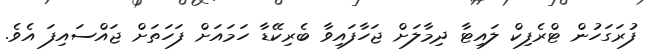
ފުރަގަހުން ޓްރެފިކް ލައިޓާ ދިމާލަށް ޖަހާފައިވާ ބެރިކޭޑާ ހަމައަށް ފަހަތަށް ޖައްސައިފަ އެވެ.